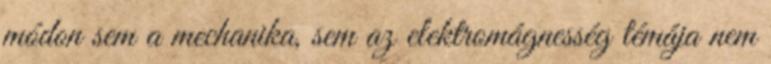
módon sem a mechanika, sem az elektromágnesség témája nem